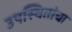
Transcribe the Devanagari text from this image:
उपस्थितांचा